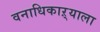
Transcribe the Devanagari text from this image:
वनाधिकाऱ्याला